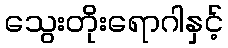
သွေးတိုးရောဂါနှင့်